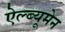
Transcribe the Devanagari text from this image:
ऐल्ब्यूमेन